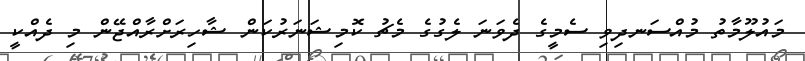
މައުލޫމާތު މުއްސަނދިވި ސެމީގެ ދެވަނަ ލެގުގެ މެޗު ކޮމިޝަނަރުކަން ޝާހިރަށްރާއްޖޭން މި ދެއްކީ